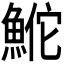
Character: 𬵕